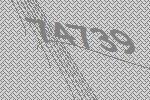
74739